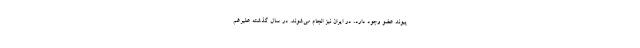
پیوند عضو وجود دارد، در ایران نیز انجام می‌شوند. در سال گذشته علیرغم